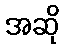
အဆို